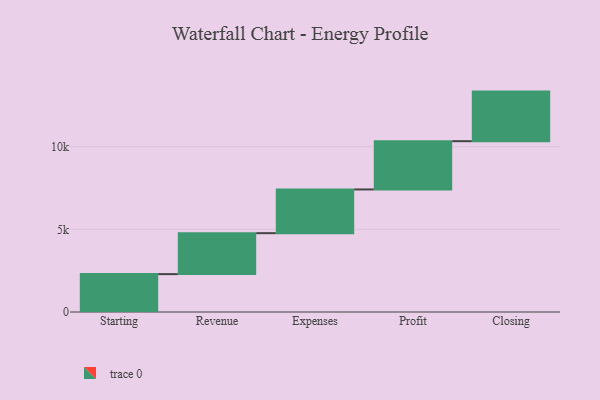
{"axis": {"x": "Step", "y": "Value"}, "legend": [""], "data": [{"x": "Starting", "y": 2292.0, "type": ""}, {"x": "Revenue", "y": 2478.0, "type": ""}, {"x": "Expenses", "y": 2645.0, "type": ""}, {"x": "Profit", "y": 2921.0, "type": ""}, {"x": "Closing", "y": 3000, "type": ""}]}